system: You are a helpful assistant.
user:
Analyze the provided spectrum to determine if it is a **M-type Giant (gM)**.

A M-type Giant spectrum is defined by its **strong molecular absorption** features, particularly from **Titanium Oxide (TiO)**. You must check for one of the following mutually exclusive signatures:

- **Key Visual Indicators (Absorption-Dominated Spectrum):**

    - **(Primary):** The spectrum is dominated by strong molecular absorption from **Titanium Oxide (TiO)**. This is the **defining feature** of its M-type temperature class.
        - **(Key Bandheads):** Look for sharp, "saw-tooth" absorption valleys. The strongest are located near **~7050 Å**, **~6160 Å**, and **~5170 Å**.
        - **(Line Profile):** The "saw-tooth" morphology is critical: a **sharp, steep drop on the BLUE (short-wavelength) side** of the bandhead, followed by a gradual recovery (rising flux) towards the RED (long-wavelength) side.

    - **(Key Confirmation - Giant vs. Dwarf):** **ABSENCE** of strong **Calcium Hydride (CaH)** molecular bands. This is the primary diagnostic for *excluding* M-dwarfs.
        - **(Key Region):** The spectrum should lack the strong, broad absorption band seen in dwarfs between **~6800 Å and ~7000 Å**.

    - **(Secondary Confirmation - Giant):** A very strong and broad **Neutral Calcium (Ca I)** atomic absorption line.
        - **(Key Line):** Located at **~4226 Å**. In a giant (gM), this line is significantly deeper and broader than the same line in an M-dwarf (dM) due to low surface gravity.

    - **(Overall Spectrum):**
        - The continuum is **extremely red-sloping** (i.e., flux is very low in the blue and rises dramatically towards the red).
        - The entire spectrum appears "chopped up" by the deep TiO bands.

Think first, call **spectral_visualization_tool** if needed to examine features in detail, then provide your final answer. Your response must adhere to the following strict rules:
1.  **Overall Structure:** Your response must follow the format `<think>...</think> <tool_call>...</tool_call> (if a tool is used) <answer>...</answer>`.
2.  **Tool Usage Constraint:** You may only make **one** tool call per turn.
3.  **Final Answer Format:** In the `<answer>` tag, your conclusion must be inside a `\boxed{}` command (e.g., `\boxed{YES}` or `\boxed{NO}`), followed by your justification.

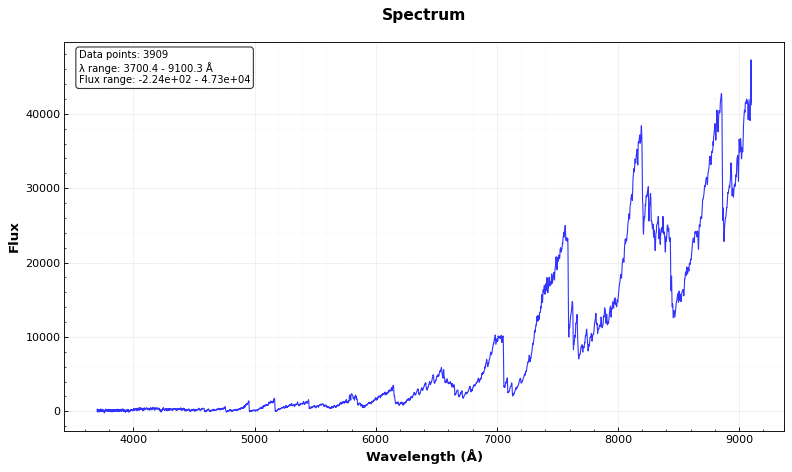
Answer: YES